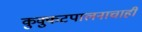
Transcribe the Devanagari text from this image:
कुक्कुटपालनाचाही